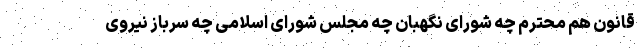
قانون هم محترم چه شورای نگهبان چه مجلس شورای اسلامی چه سرباز نیروی